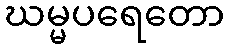
ဃမ္မပရေတော